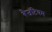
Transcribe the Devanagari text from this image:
बैजंटियम